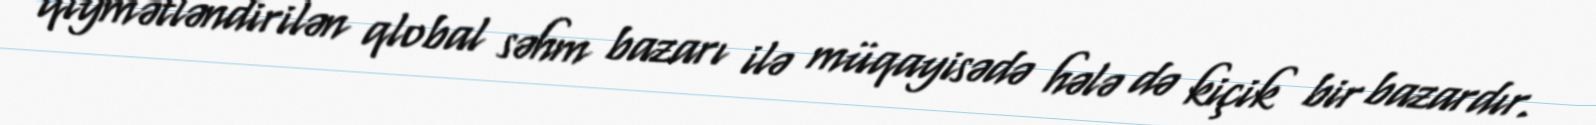
qiymətləndirilən qlobal səhm bazarı ilə müqayisədə hələ də kiçik bir bazardır.